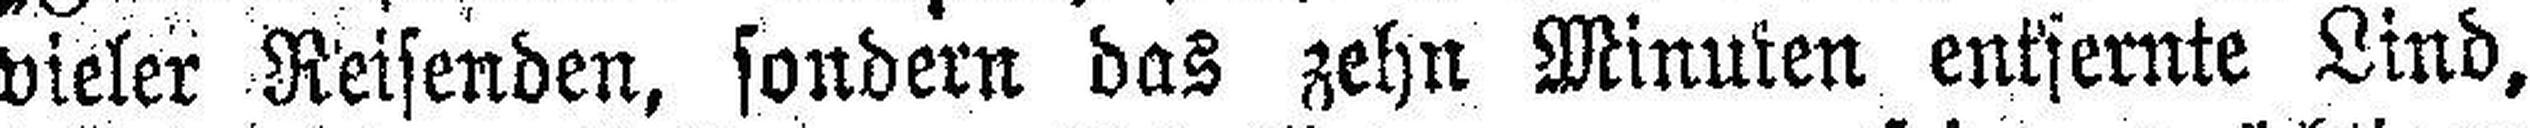
vieler Reisenden, sondern das zehn Minuten entfernte Lind,